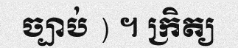
ច្បាប់ ) ។ ក្រិត្យ